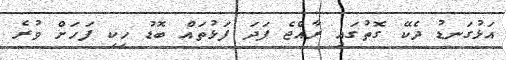
އަޅުގަނޑު ދެކޭ ގޮތުގައި ރާއްޖެ ފަދަ ފަޅުތައް ބޮޑު ހިކި ފަހަށް ވުރެ